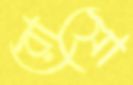
রোসো